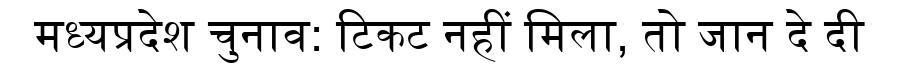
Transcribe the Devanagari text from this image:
मध्यप्रदेश चुनाव: टिकट नहीं मिला, तो जान दे दी